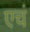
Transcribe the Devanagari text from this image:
एचं